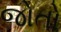
જોતો